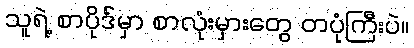
သူရဲ့ စာပိုဒ်မှာ စာလုံးမှားတွေ တပုံကြီးပဲ။